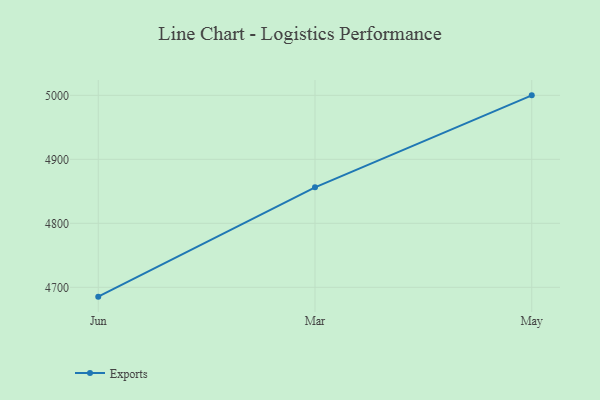
{"axis": {"x": "Month", "y": "Customer Acquisition Cost (USD)"}, "legend": ["Exports"], "data": [{"x": "Jun", "y": 4685.4, "type": "Exports"}, {"x": "Mar", "y": 4856.2, "type": "Exports"}, {"x": "May", "y": 5000, "type": "Exports"}]}